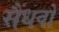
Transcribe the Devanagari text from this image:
सैंधवों